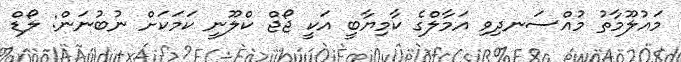
މައުލޫމާތު މުއްސަނދިވި އަމާލްގެ ކާމިޔާބީ އަކީ ޖޯޖް ކްލޫނީ ކަމަކަށް ނުބުނަން: ލޯޑް